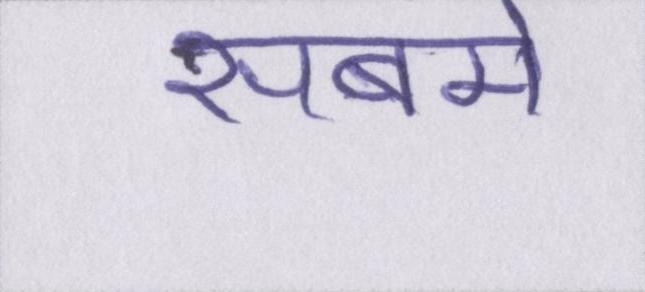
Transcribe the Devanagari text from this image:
सबमे